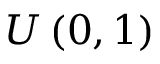
U \left( 0 , 1 \right)